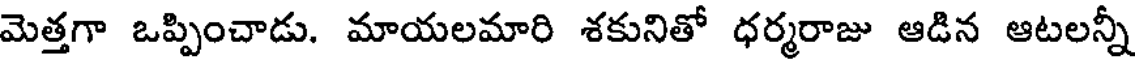
మెత్తగా ఒప్పించాడు. మాయలమారి శకునితో ధర్మరాజు ఆడిన ఆటలన్నీ